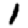
Digit: 1